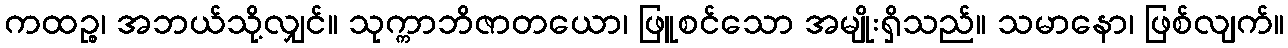
ကထဉ္စ၊ အဘယ်သို့လျှင်။ သုက္ကာဘိဇာတယော၊ ဖြူစင်သော အမျိုးရှိသည်။ သမာနော၊ ဖြစ်လျက်။